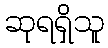
ဆုရရှိသူ